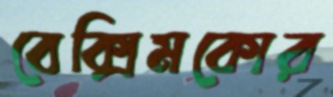
বেক্সিমকোর